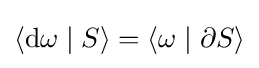
\langle \mathrm {d} \omega \mid S\rangle =\langle \omega \mid \partial S\rangle